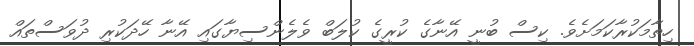
ހިތާމަކުރާކަމަށެވެ. ކިސް ބުނީ އޭނާގެ ކުރީގެ ކުލަބް ވެލެންސިޔާގައި އޭނާ ހޭދަކުރި ދުވަސްތައް